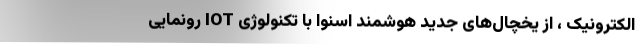
الکترونیک ، از یخچال‌های جدید هوشمند اسنوا با تکنولوژی IOT رونمایی